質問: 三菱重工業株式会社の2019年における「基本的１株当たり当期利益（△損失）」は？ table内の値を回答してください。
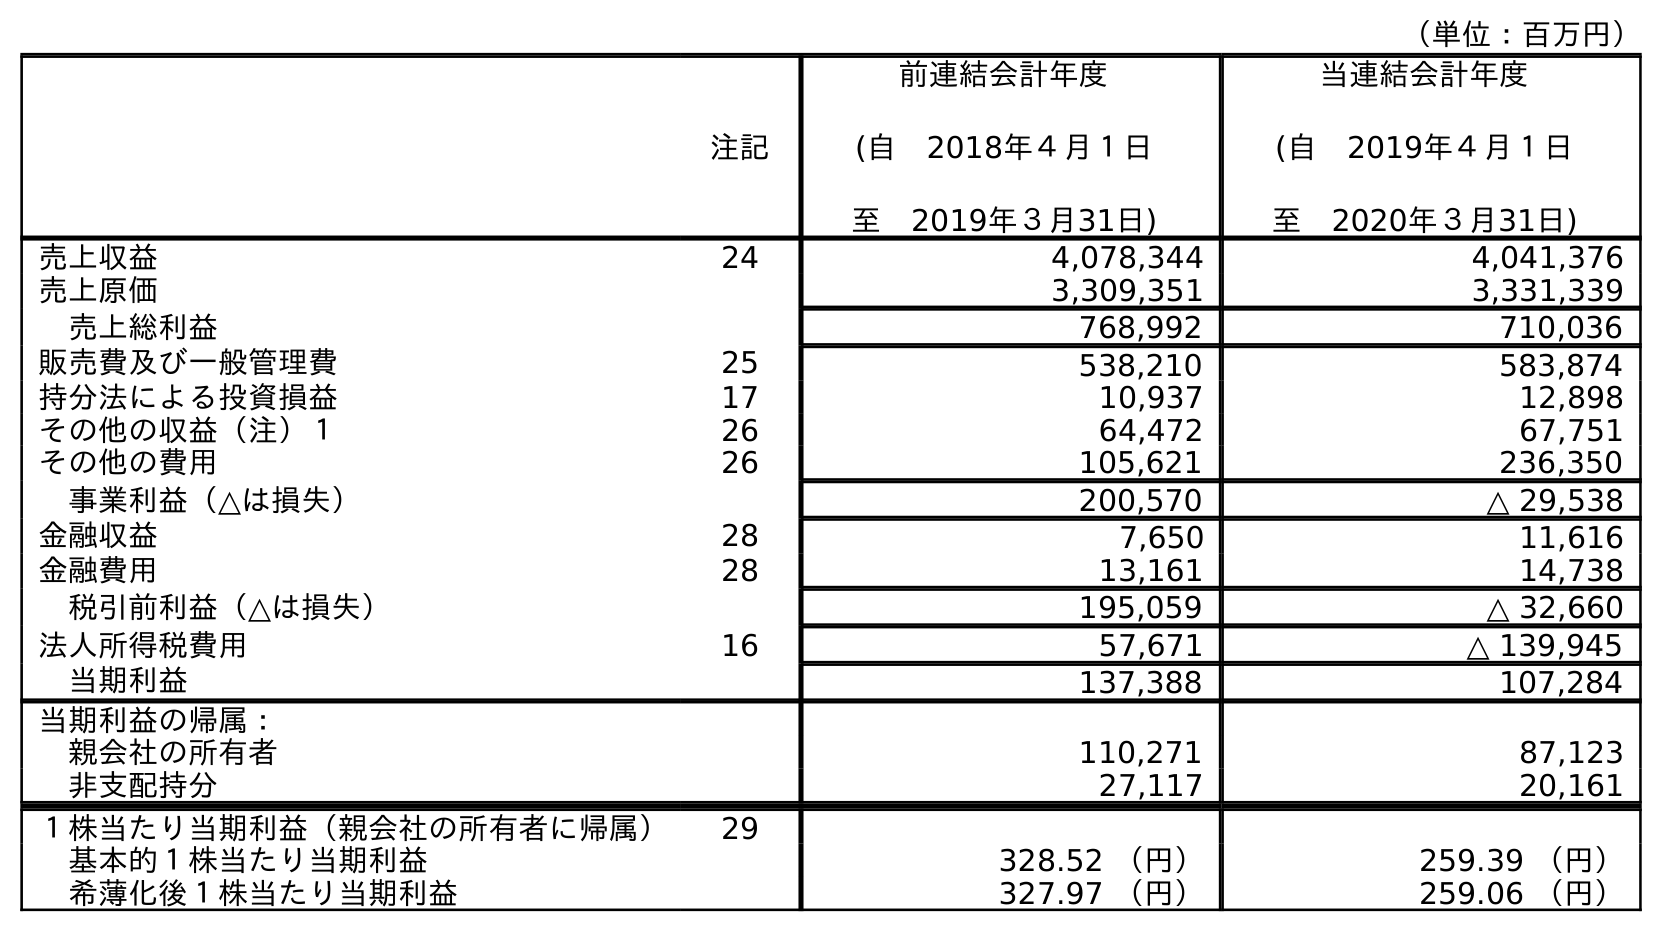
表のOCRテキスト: （単位：百万円） 注記 前連結会計年度 (自 2018年４月１日 至 2019年３月31日) 当連結会計年度 (自 2019年４月１日 至 2020年３月31日) 売上収益 24 4,078,344 4,041,376 売上原価 3,309,351 3,331,339 売上総利益 768,992 710,036 販売費及び一般管理費 25 538,210 583,874 持分法による投資損益 17 10,937 12,898 その他の収益（注）１ 26 64,472 67,751 その他の費用 26 105,621 236,350 事業利益（△は損失） 200,570 △ 29,538 金融収益 28 7,650 11,616 金融費用 28 13,161 14,738 税引前利益（△は損失） 195,059 △ 32,660 法人所得税費用 16 57,671 △ 139,945 当期利益 137,388 107,284 当期利益の帰属： 親会社の所有者 110,271 87,123 非支配持分 27,117 20,161 １株当たり当期利益（親会社の所有者に帰属） 29 基本的１株当たり当期利益 328.52 （円） 259.39 （円） 希薄化後１株当たり当期利益 327.97 （円） 259.06 （円）
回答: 328.52（円）